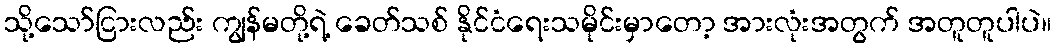
သို့သော်ငြားလည်း ကျွန်မတို့ရဲ့ ခေတ်သစ် နိုင်ငံရေးသမိုင်းမှာတော့ အားလုံးအတွက် အတူတူပါပဲ။